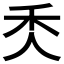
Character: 秂